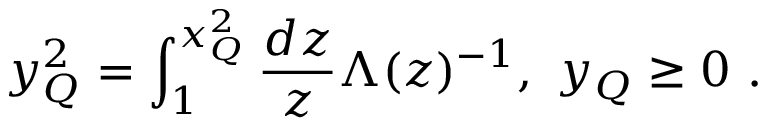
y _ { Q } ^ { 2 } = \int _ { 1 } ^ { x _ { Q } ^ { 2 } } \frac { d z } { z } \Lambda ( z ) ^ { - 1 } , ~ y _ { Q } \geq 0 ~ .